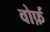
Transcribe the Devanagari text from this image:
वोर्फ़